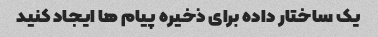
یک ساختار داده برای ذخیره پیام ها ایجاد کنید